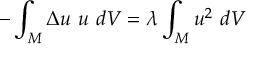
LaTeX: - \int _ { M } \Delta u \ u \ d V = \lambda \int _ { M } u ^ { 2 } \ d V